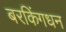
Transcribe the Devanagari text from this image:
बरकिंगधन